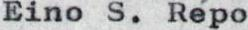
Eino S. Repo